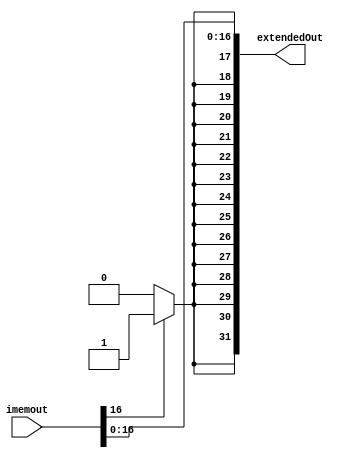
module sx( // works
	input [31:0] imemout,
	output [31:0] extendedOut	
	);
	
	wire signBit;
	//wire [16:0] immediate;
	assign extendedOut [16:0] = imemout [16:0];
	assign signBit = imemout[16] ? 1'b1:1'b0;
	
	// extend
	assign extendedOut[17] = signBit;
	assign extendedOut[18] = signBit;
	assign extendedOut[19] = signBit;
	assign extendedOut[20] = signBit;
	assign extendedOut[21] = signBit;
	assign extendedOut[22] = signBit;
	assign extendedOut[23] = signBit;
	assign extendedOut[24] = signBit;
	assign extendedOut[25] = signBit;
	assign extendedOut[26] = signBit;
	assign extendedOut[27] = signBit;
	assign extendedOut[28] = signBit;
	assign extendedOut[29] = signBit;
	assign extendedOut[30] = signBit;
	assign extendedOut[31] = signBit;
	
endmodule